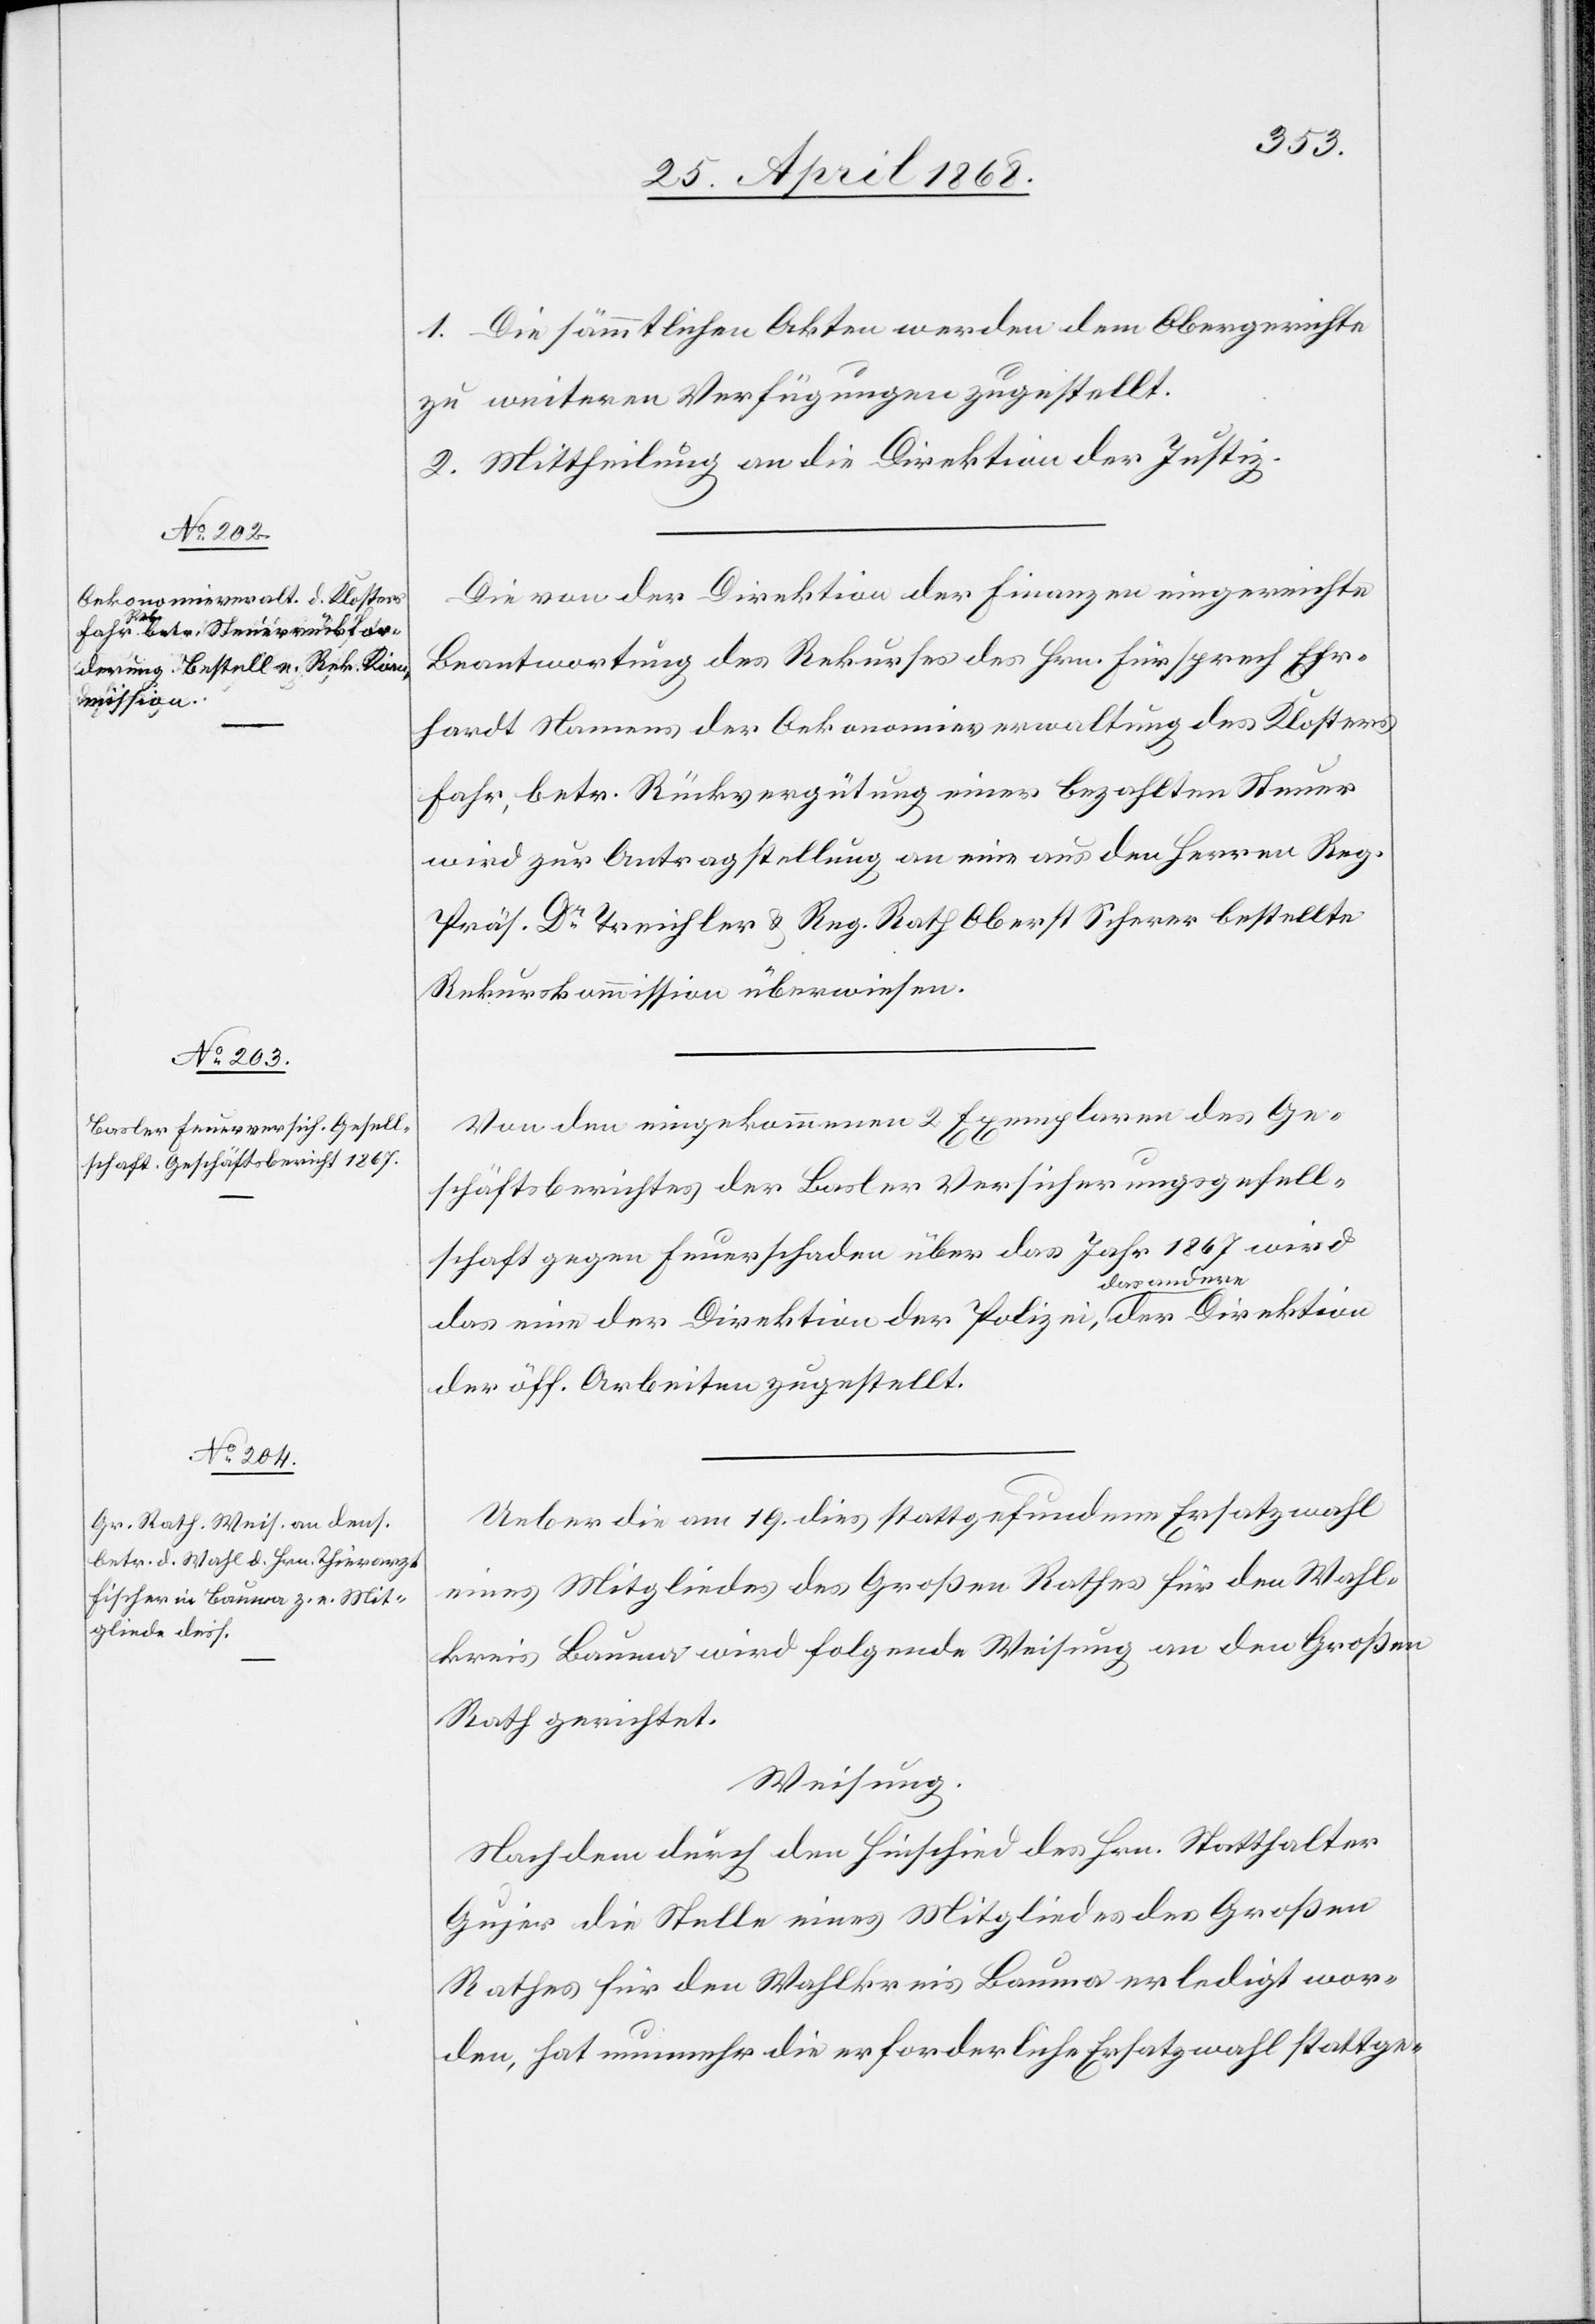
1. Die sämmtlichen Akten werden dem Obergerichte
zu weiteren Verfügungen zugestellt.
2. Mittheilung an die Direktion der Justiz.
Die von der Direktion der Finanzen eingereichte
Beantwortung des Rekurses des Hrn. Fürsprech Ehr¬
hardt Namens der Oekonomieverwaltung des Klosters
Fahr, betr. Rückvergütung einer bezahlten Steuer
wird zur Antragstellung an eine aus den Herren Reg.
Präs. Dr. Treichler & Reg. Rath Oberst Scherer bestellte
Rekurskommission überwiesen.
Von den eingekommenen 2 Exemplaren des Ge¬
schäftsberichtes der Basler Versicherungsgesell¬
schaft gegen Feuerschaden über das Jahr 1867 wird
das eine der Direktion der Polizei, das andere der Direktion
der öff. Arbeiten zugestellt.
Ueber die am 19. dies stattgefundene Ersatzwahl
eines Mitgliedes des Großen Rathes für den Wahl¬
kreis Bauma wird folgende Weisung an den Großen
Rath gerichtet.
Weisung.
Nachdem durch den Hinschied des Hrn. Statthalter
Gujer die Stelle eines Mitgliedes des Großen
Rathes für den Wahlkreis Bauma erledigt wor¬
den, hat nunmehr die erforderliche Ersatzwahl stattge-